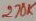
Text: 27K